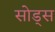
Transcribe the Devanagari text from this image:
सोड्स